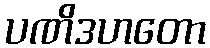
ပဏိဒဟတော